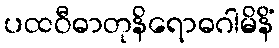
ပထဝီဓာတုနိရောဓဂါမိနိံ